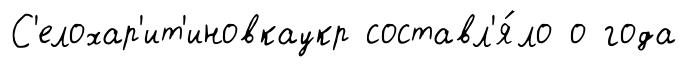
С'елохар'ит'иновкаукр составл'я́ло о года